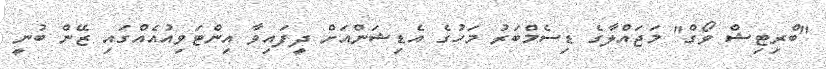
"ބްރިޓިޝް ވޯގް" މަޖައްލާގެ ޑިސެމްބަރު މަހުގެ އެޑިޝަންއަށް ދީފައިވާ އިންޓަވިއުއެއްގައި ޒޭން ބުނީ